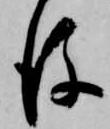
後